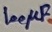
Text: 100µF